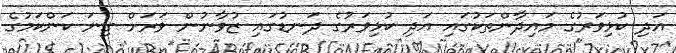
އަދި ކުޅިވަރުގެ މައިދާންތަކުގައި އަދި ކުޅިވަރުގެ ދަނޑުގައި ޒުވާނުން ވަރަށް ގިނަ ކަންކަމުގެ